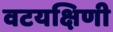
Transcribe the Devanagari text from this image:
वटयक्षिणी